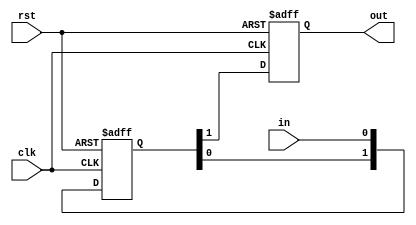
// 
// Copyright (c) 2011, Daniel Strother < http://danstrother.com/ >
// All rights reserved.
// 
// Redistribution and use in source and binary forms, with or without
// modification, are permitted provided that the following conditions are met:
//   - Redistributions of source code must retain the above copyright notice,
//     this list of conditions and the following disclaimer.
//   - Redistributions in binary form must reproduce the above copyright
//     notice, this list of conditions and the following disclaimer in the
//     documentation and/or other materials provided with the distribution.
//   - The name of the author may not be used to endorse or promote products
//     derived from this software without specific prior written permission.
// 
// THIS SOFTWARE IS PROVIDED BY THE AUTHOR "AS IS" AND ANY EXPRESS OR IMPLIED
// WARRANTIES, INCLUDING, BUT NOT LIMITED TO, THE IMPLIED WARRANTIES OF
// MERCHANTABILITY AND FITNESS FOR A PARTICULAR PURPOSE ARE DISCLAIMED. IN NO
// EVENT SHALL THE AUTHOR BE LIABLE FOR ANY DIRECT, INDIRECT, INCIDENTAL,
// SPECIAL, EXEMPLARY, OR CONSEQUENTIAL DAMAGES (INCLUDING, BUT NOT LIMITED
// TO, PROCUREMENT OF SUBSTITUTE GOODS OR SERVICES; LOSS OF USE, DATA, OR
// PROFITS; OR BUSINESS INTERRUPTION) HOWEVER CAUSED AND ON ANY THEORY OF
// LIABILITY, WHETHER IN CONTRACT, STRICT LIABILITY, OR TORT (INCLUDING
// NEGLIGENCE OR OTHERWISE) ARISING IN ANY WAY OUT OF THE USE OF THIS
// SOFTWARE, EVEN IF ADVISED OF THE POSSIBILITY OF SUCH DAMAGE.
//

// Module Description:
// 2-level synchronizer flipflop for asynchronous domain crossing.
// Based on Xilinx Language Templates "Asynchronous Input Synchronization".

module dlsc_syncflop_slice #(
    parameter RESET = 1'b0
) (
/* verilator lint_off SYNCASYNCNET */
    input wire clk,
    input wire rst,
    (* TIG="TRUE", IOB="FALSE" *) input wire in,
    output wire out
);

reg out_r = 1'b0;
assign out = out_r;

(* ASYNC_REG="TRUE", SHIFT_EXTRACT="NO", HBLKNM="sync_reg" *) reg [1:0] sreg = 2'b00;

always @(posedge clk or posedge rst) begin
    if(rst) begin
        { out_r, sreg } <= {3{RESET[0]}};
    end else begin
        { out_r, sreg } <= { sreg, in };
    end
end

/* verilator lint_on SYNCASYNCNET */

endmodule